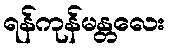
ရန်ကုန်မန္တလေး